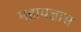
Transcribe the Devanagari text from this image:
महायज्ञास